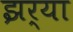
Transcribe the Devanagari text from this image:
झर्‍या